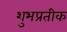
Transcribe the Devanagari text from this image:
शुभप्रतीक